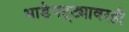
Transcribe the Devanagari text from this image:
भाडेपट्ट्यावरही